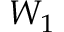
W _ { 1 }